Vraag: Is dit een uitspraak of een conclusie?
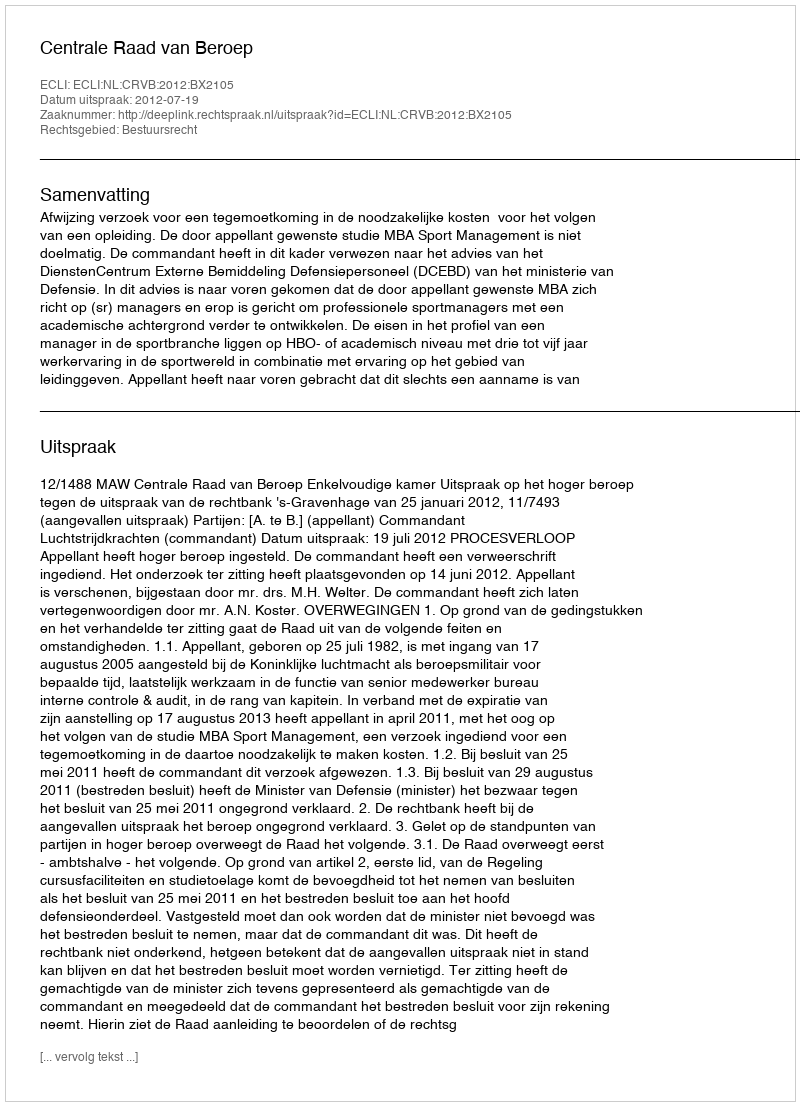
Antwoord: Uitspraak